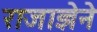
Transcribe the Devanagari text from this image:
राजाज्ञेने